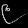
Digit: ၉